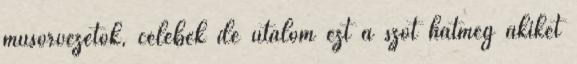
műsorvezetők, celebek de útálom ezt a szót hátmég akiket